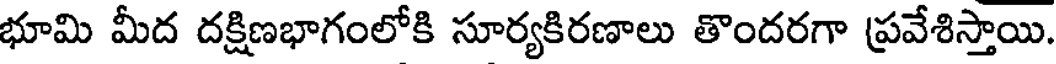
భూమి మీద దక్షిణభాగంలోకి సూర్యకిరణాలు తొందరగా ప్రవేశిస్తాయి.